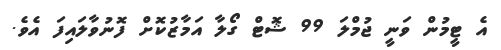
އެ ޓީމުން ވަނީ ޖުމްލަ 99 ޝޮޓް ގޯލާ އަމާޒުކޮށް ފޮނުވާލައިފަ އެވެ.